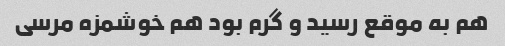
هم به موقع رسید و گرم بود هم خوشمزه مرسی